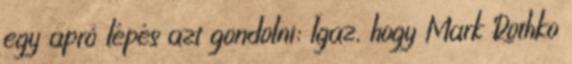
egy apró lépés azt gondolni: Igaz, hogy Mark Rothko